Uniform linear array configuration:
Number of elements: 16
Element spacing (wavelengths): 0.5
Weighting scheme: binomial
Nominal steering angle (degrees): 60
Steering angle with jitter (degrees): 58.583
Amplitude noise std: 0.05
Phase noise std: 0.05

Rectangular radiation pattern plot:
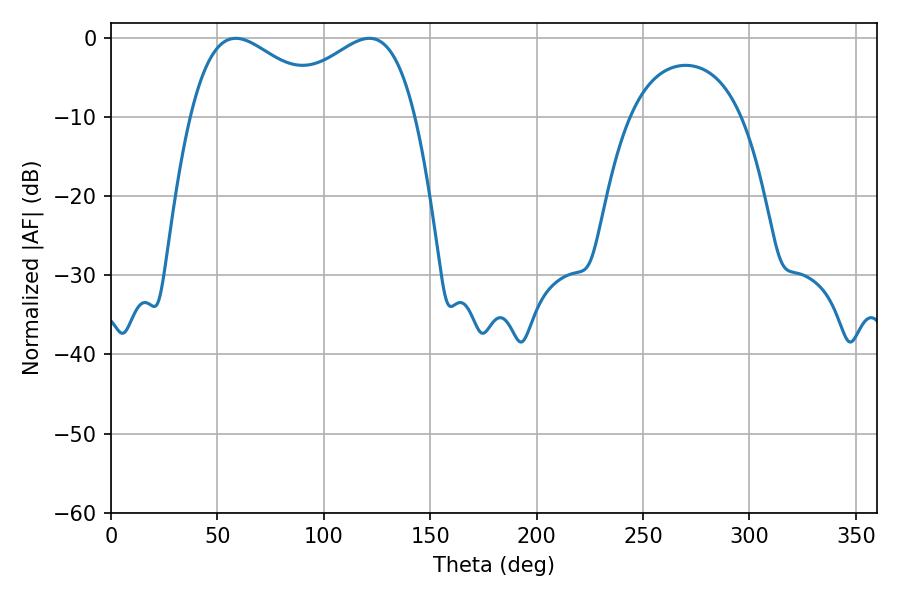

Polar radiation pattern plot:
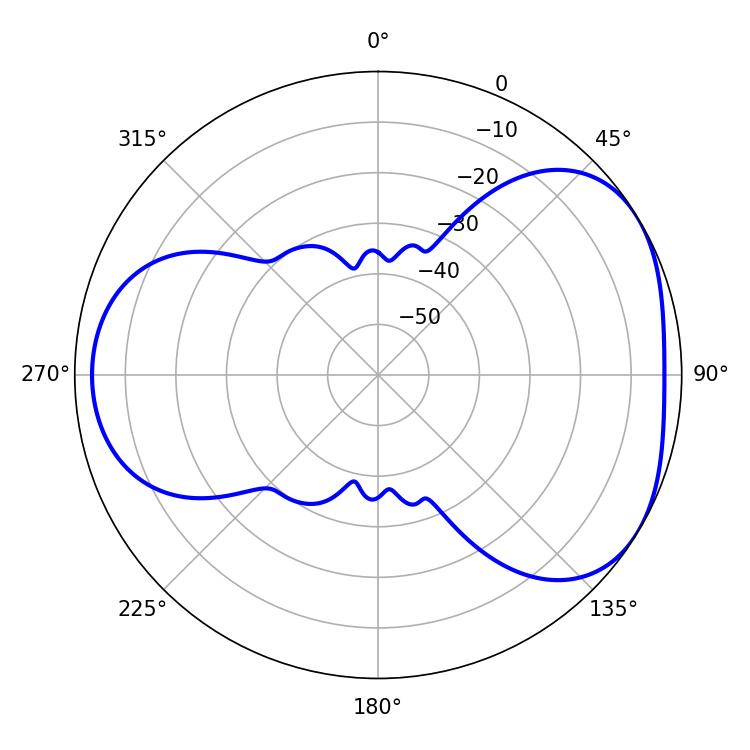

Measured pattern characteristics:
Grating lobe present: FALSE
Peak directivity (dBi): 4.179
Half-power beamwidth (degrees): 36.36
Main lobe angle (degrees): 58.68